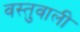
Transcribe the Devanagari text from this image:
वस्तुवाली